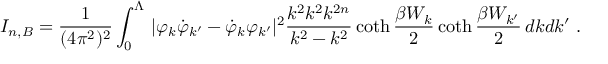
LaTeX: I _ { n , B } = \frac 1 { ( 4 \pi ^ { 2 } ) ^ { 2 } } \int _ { 0 } ^ { \Lambda } \, | \varphi _ { k } \dot { \varphi } _ { k ^ { \prime } } - \dot { \varphi } _ { k } \varphi _ { k ^ { \prime } } | ^ { 2 } \frac { k ^ { 2 } k ^ { 2 } k ^ { 2 n } } { k ^ { 2 } - k ^ { 2 } } \coth \frac { \beta W _ { k } } 2 \coth \frac { \beta W _ { k ^ { \prime } } } 2 \, d k d k ^ { \prime } \ .